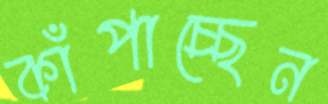
কাঁপাচ্ছেন